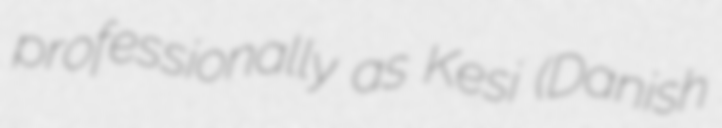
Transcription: professionally as Kesi (Danish